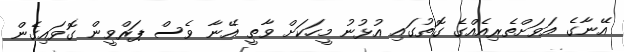
އޭނާގެ އަވަށްތެރިއެއްގެ ގޮތުގައި އުޅުނު މީހަކަށް ވާތީ އޭނާ ވެސް ޕަރްވީން ގޮވައިގެން